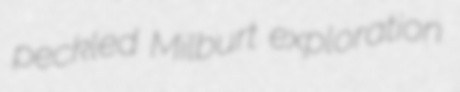
peckled Milburt exploration